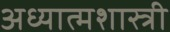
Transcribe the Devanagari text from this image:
अध्यात्मशास्त्री